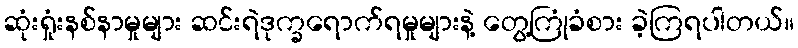
ဆုံးရှုံးနစ်နာမှုများ ဆင်းရဲဒုက္ခရောက်ရမှုများနဲ့ တွေ့ကြုံခံစား ခဲ့ကြရပါတယ်။